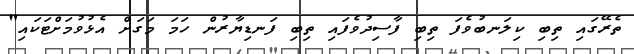
ތެރޭގައި ތިބި ކިލަނބުވެފަ ތިބި ފާސިދުވެފައި ތިބި ފަނޑިޔާރުން ހަމަ މަގަށް އެޅުވުމަށްޓަކައި"